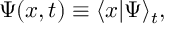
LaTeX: \Psi ( x , t ) \equiv \langle x | \Psi \rangle _ { t } ,